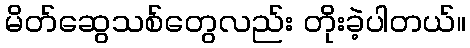
မိတ်ဆွေသစ်တွေလည်း တိုးခဲ့ပါတယ်။